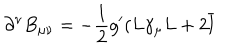
LaTeX: \partial ^ { \nu } B _ { \mu \nu } = - \frac 1 2 g ^ { \prime } ( L \gamma _ { \mu } L + 2 \overline { { { l } } }